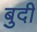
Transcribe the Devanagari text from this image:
बुदी